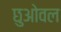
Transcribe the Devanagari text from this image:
छुओवल